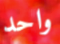
واحد